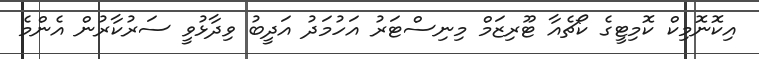
އިކޮނޮމިކް ކޮމިޓީގެ ކޯޗެއާ ޓޫރިޒަމް މިނިސްޓަރު އަހުމަދު އަދީބު ވިދާޅުވީ ސަރުކާރުން އެންމެ